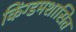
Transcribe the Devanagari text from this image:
किंग्डमशासित